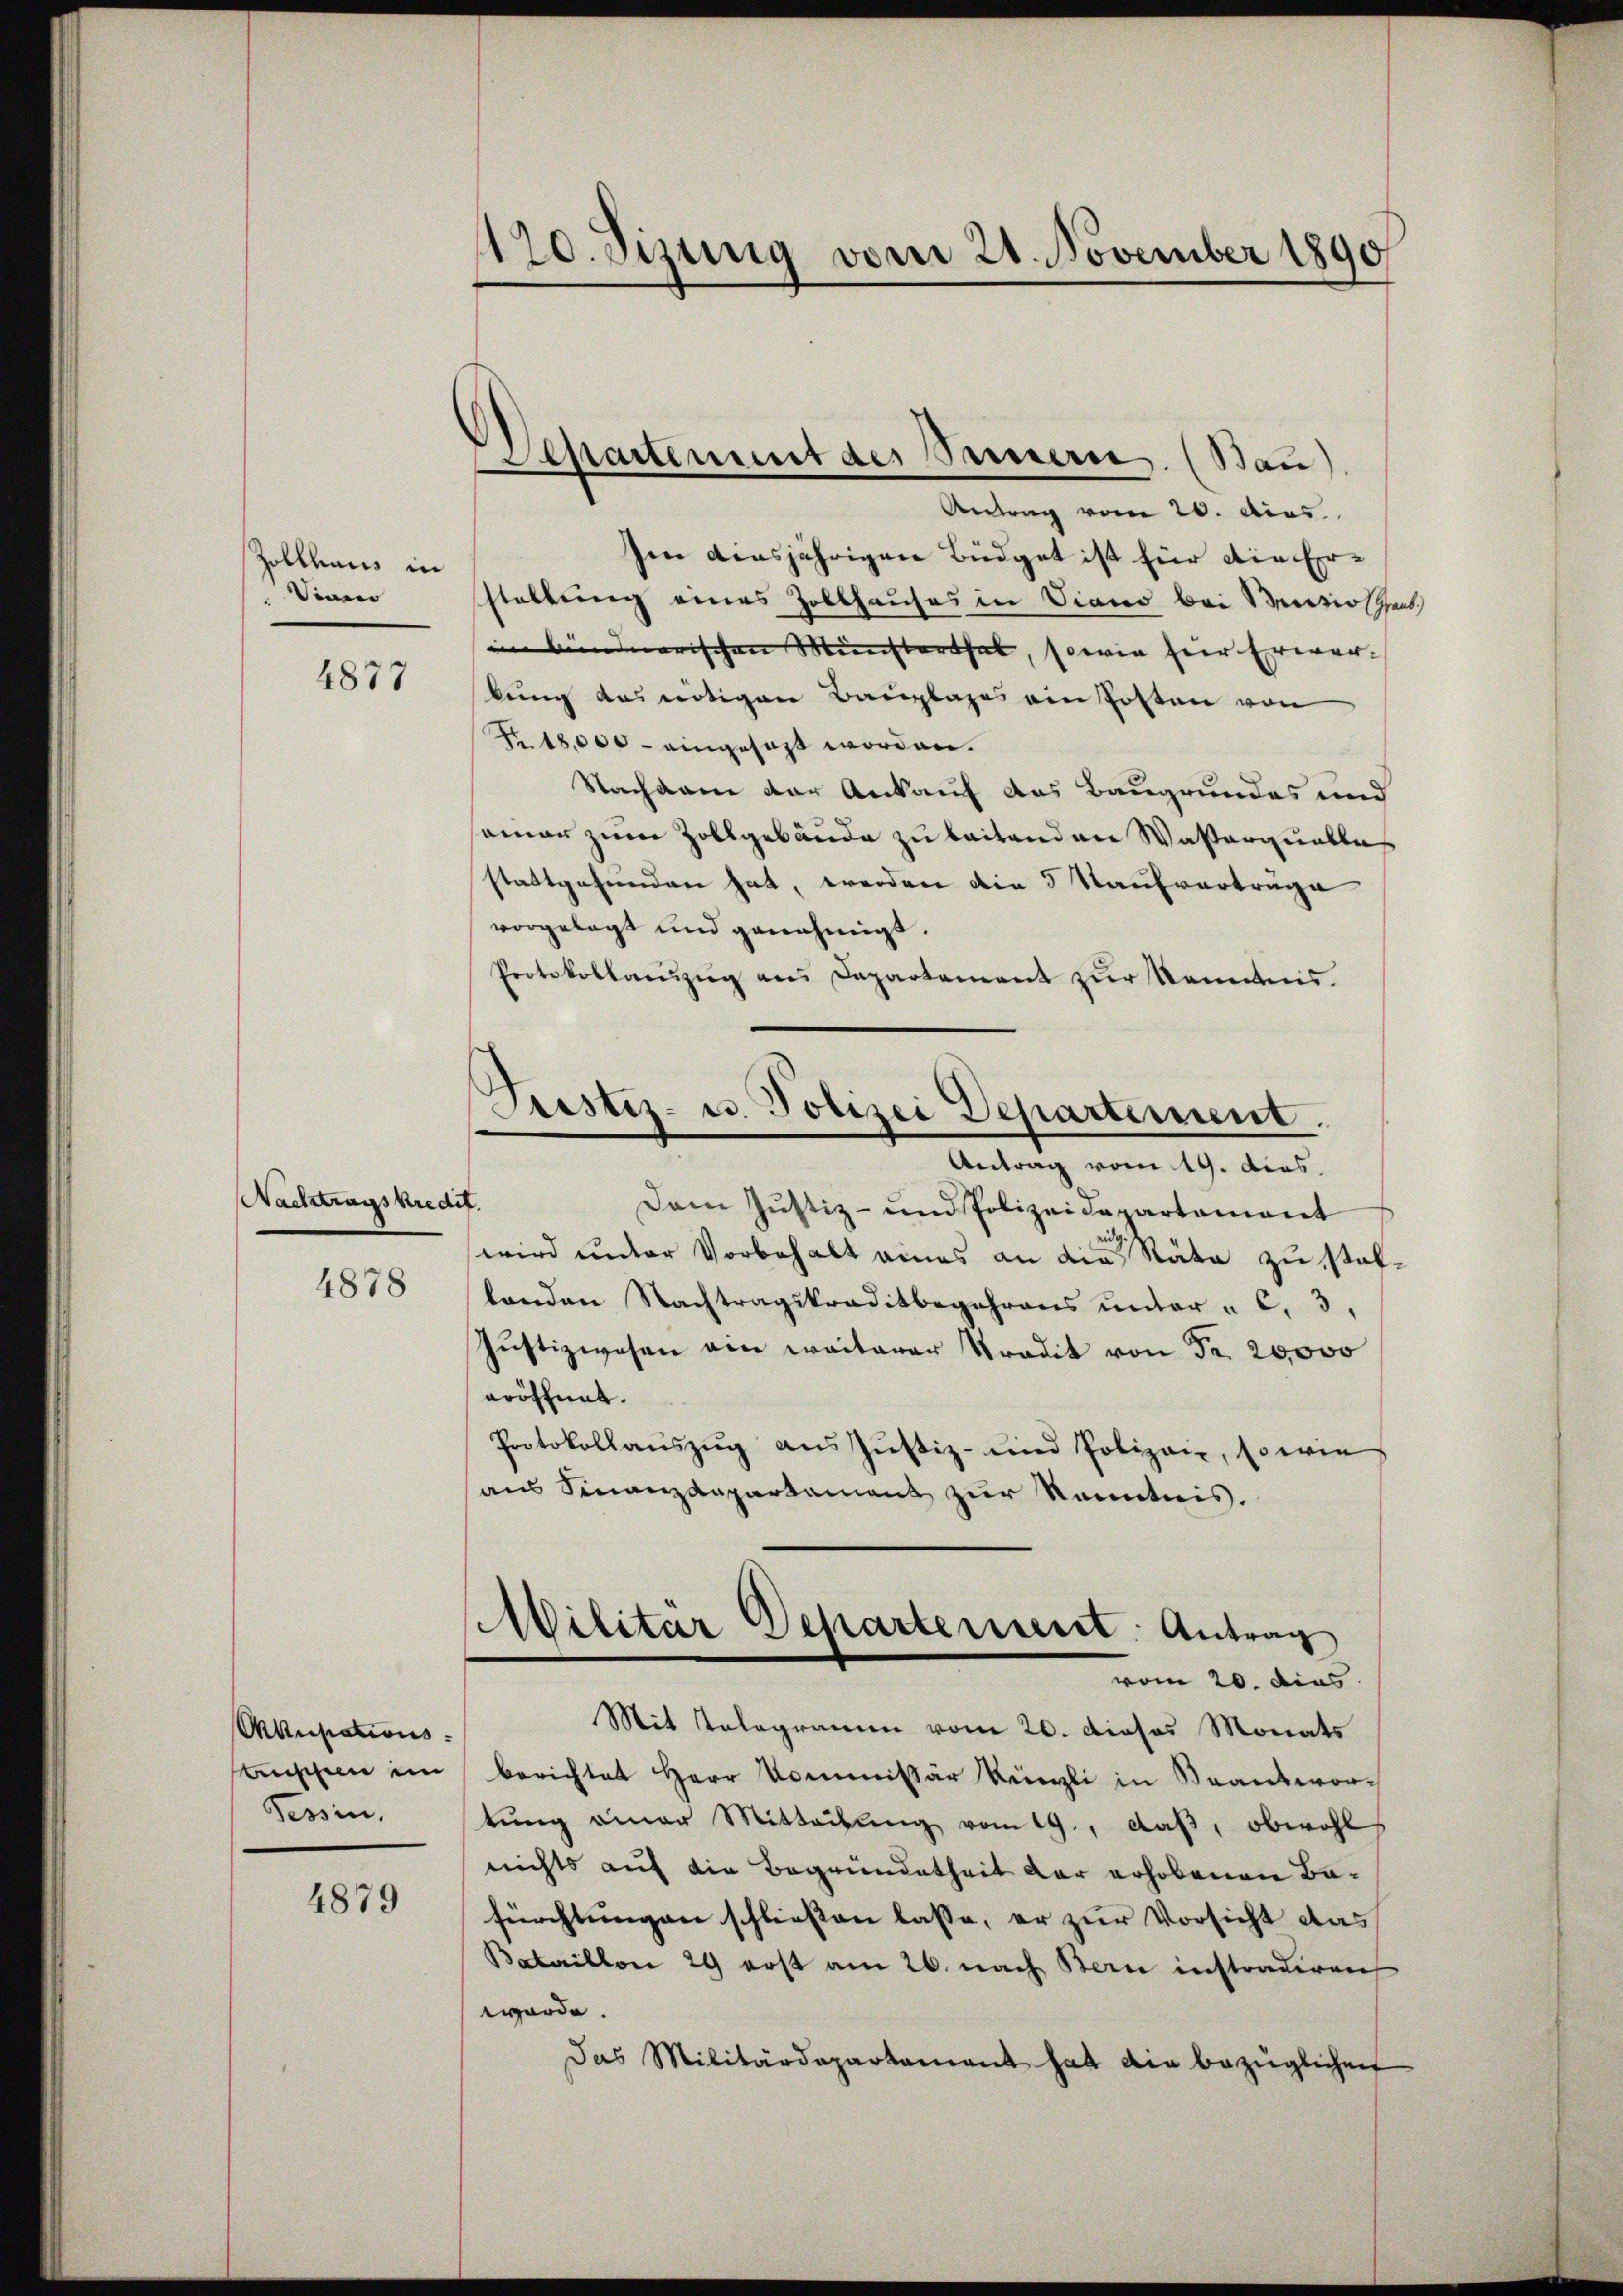
Zolkhaus in
Viano

4877

Wachtragskredit

4878

Akupations.
sanschen im
Tessin,

4879

120. Sitzung vom 21. November 1890

Separtement des Sammern. (Bau).

Antrag vom 20. dies
Ien diesjährigen Büdget ist für die Erstellung eines Zollhauses in Diano bei Benzioschens
im minderarischen Münchterthal, sowie hier Erwarkung das nötigen Bauplages ein Posten von
Nr. 18,000 - eingesagt worden.
Nachdem der Ankauf das Baugrundes und
amar zum Zollgebäude zu beitenden Wasserpunkle
stattgefunden hat, werden die 3 Kaufverträge
vorgelegt und genehmigt.
Protokollanzŭg ans Departement zŭr Kenntnis.
Prestiz- u. Polizei Departement.
Antrag vom 19. dies
Dem Justiz- und Polizeidepartement
ein
wird unter Vorbehalt eines an die Räte zu statlanden Nachtragskraditbegehrens ŭnter " C. 3,
Jŭstizwesen am weiterer Tradit von Fr. 20,000
eröffnet.
Protokollaŭszŭg ans Jŭstiz- und Polizei, so wie
aus Finanzdepartament zur Kenntnis.

Militar Departement: Antrag
vom 20. dies

Mit Telegramm vom 20. dieses Monats
berichtet Herr Kommissär Künzli in Beantwortŭng einer Mitteilŭng vom 19., daß, obwohl
nichts auf die Begründetheit der erhobenen Bafürchtungen schliessen lasse, er zur Vorsicht das
Bataillon 29 erst am 26. nach Bern instradiren
worde.
Das Militärdepartament hat die bezüglichen